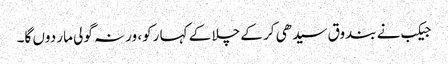
جیکب نے بندوق سیدھی کر کے چلا کے کہا رکو، ورنہ گولی مار دوں گا۔